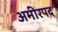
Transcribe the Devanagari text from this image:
अमीरपद